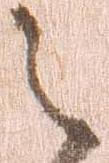
之